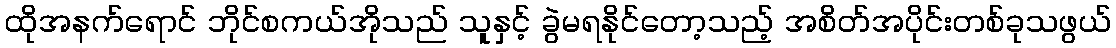
ထိုအနက်ရောင် ဘိုင်စကယ်အိုသည် သူနှင့် ခွဲမရနိုင်တော့သည့် အစိတ်အပိုင်းတစ်ခုသဖွယ်